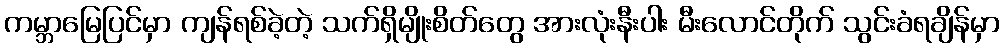
ကမ္ဘာမြေပြင်မှာ ကျန်ရစ်ခဲ့တဲ့ သက်ရှိမျိုးစိတ်တွေ အားလုံးနီးပါး မီးလောင်တိုက် သွင်းခံရချိန်မှာ